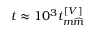
t \approx 1 0 ^ { 3 } t _ { m \widehat { m } } ^ { \left[ V \right] }